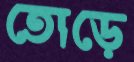
তোড়ে